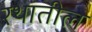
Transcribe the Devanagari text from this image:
रथातील